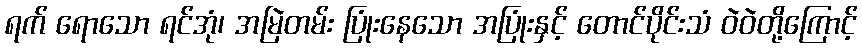
ရက် ရောသော ရင်အုံ၊ အမြဲတမ်း ပြုံးနေသော အပြုံးနှင့် တောင်ပိုင်းသံ ဝဲဝဲတို့ကြောင့်